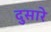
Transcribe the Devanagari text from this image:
दुसारे